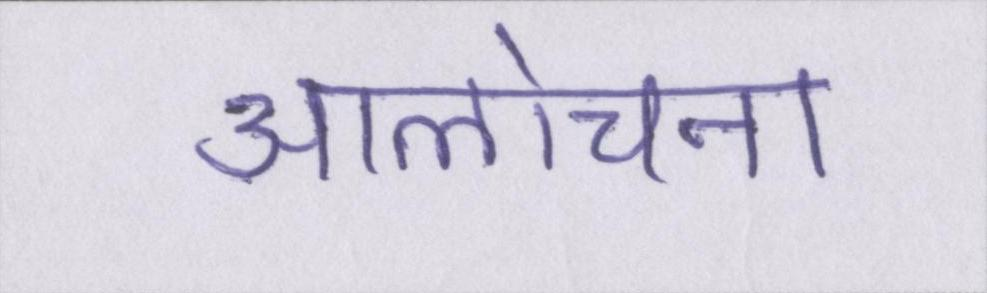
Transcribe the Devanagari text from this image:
आलोचना